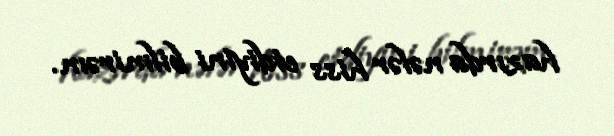
hazırda nələr hiss etdiyini bilmirəm.